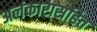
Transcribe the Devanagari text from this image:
अलंकारासहित